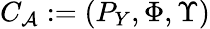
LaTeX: {{C}_{\cal A}}:=(P_{Y},\Phi,\Upsilon)